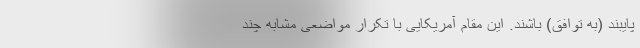
پایبند (به توافق) باشند. این مقام آمریکایی با تکرار مواضعی مشابه چند